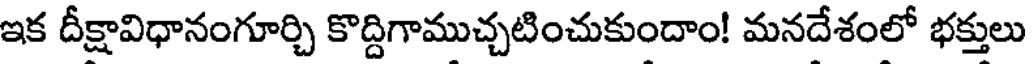
ఇక దీక్షావిధానంగూర్చి కొద్దిగాముచ్చటించుకుందాం! మనదేశంలో భక్తులు